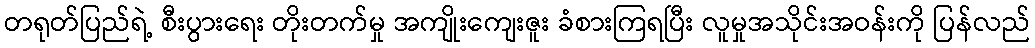
တရုတ်ပြည်ရဲ့ စီးပွားရေး တိုးတက်မှု အကျိုးကျေးဇူး ခံစားကြရပြီး လူမှုအသိုင်းအဝန်းကို ပြန်လည်